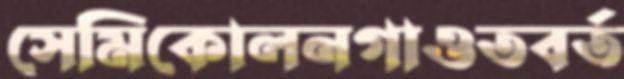
সেমিকোলনগাওতবর্ত